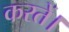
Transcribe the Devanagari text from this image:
करतें।